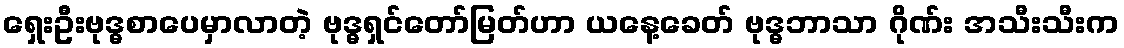
ရှေးဦးဗုဒ္ဓစာပေမှာလာတဲ့ ဗုဒ္ဓရှင်တော်မြတ်ဟာ ယနေ့ခေတ် ဗုဒ္ဓဘာသာ ဂိုဏ်း အသီးသီးက